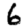
Digit: 6